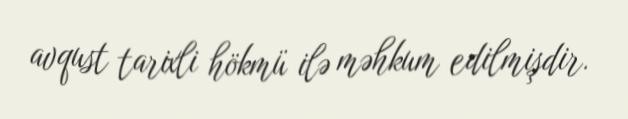
avqust tarixli hökmü ilə məhkum edilmişdir.